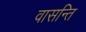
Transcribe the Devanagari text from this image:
वासन्ति